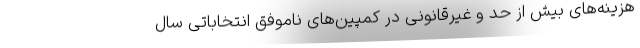
هزینه‌های بیش از حد و غیرقانونی در کمپین‌های ناموفق انتخاباتی سال